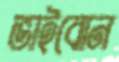
ভাইবোন